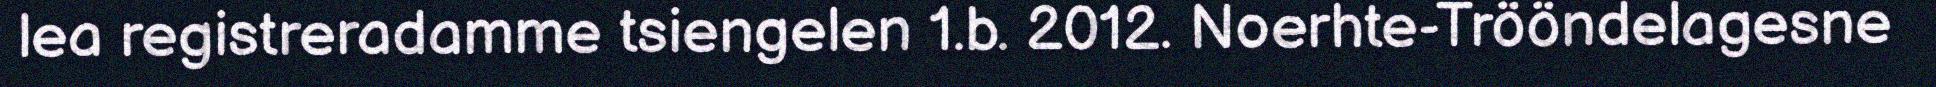
lea registreradamme tsiengelen 1.b. 2012. Noerhte-Trööndelagesne